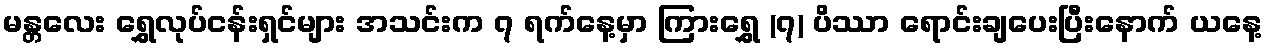
မန္တလေး ရွှေလုပ်ငန်းရှင်များ အသင်းက ၇ ရက်နေ့မှာ ကြားရွှေ (၇) ပိဿာ ရောင်းချပေးပြီးနောက် ယနေ့